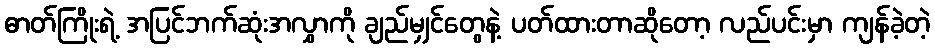
ဓာတ်ကြိုးရဲ့ အပြင်ဘက်ဆုံးအလွှာကို ချည်မျှင်တွေနဲ့ ပတ်ထားတာဆိုတော့ လည်ပင်းမှာ ကျန်ခဲ့တဲ့